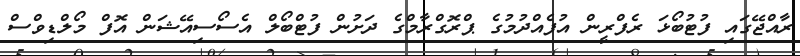
ރާއްޖޭގައި ފުޓުބޯޅަ ރެފްރީން އުފެއްދުމުގެ ޕްރޮގްރާމްގެ ދަށުން ފުޓްބޯލް އެސޯސިއޭޝަން އޮފް މޯލްޑިވްސް